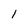
Character: 1